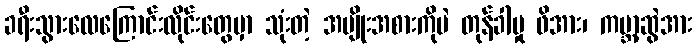
ခရီးသွားလေကြောင်းလိုင်းတွေမှာ သုံးတဲ့ အမျိုးအစားကိုပဲ တုန်ခါမှု ဖိအား၊ ကမ္ဘာ့ဆွဲအား